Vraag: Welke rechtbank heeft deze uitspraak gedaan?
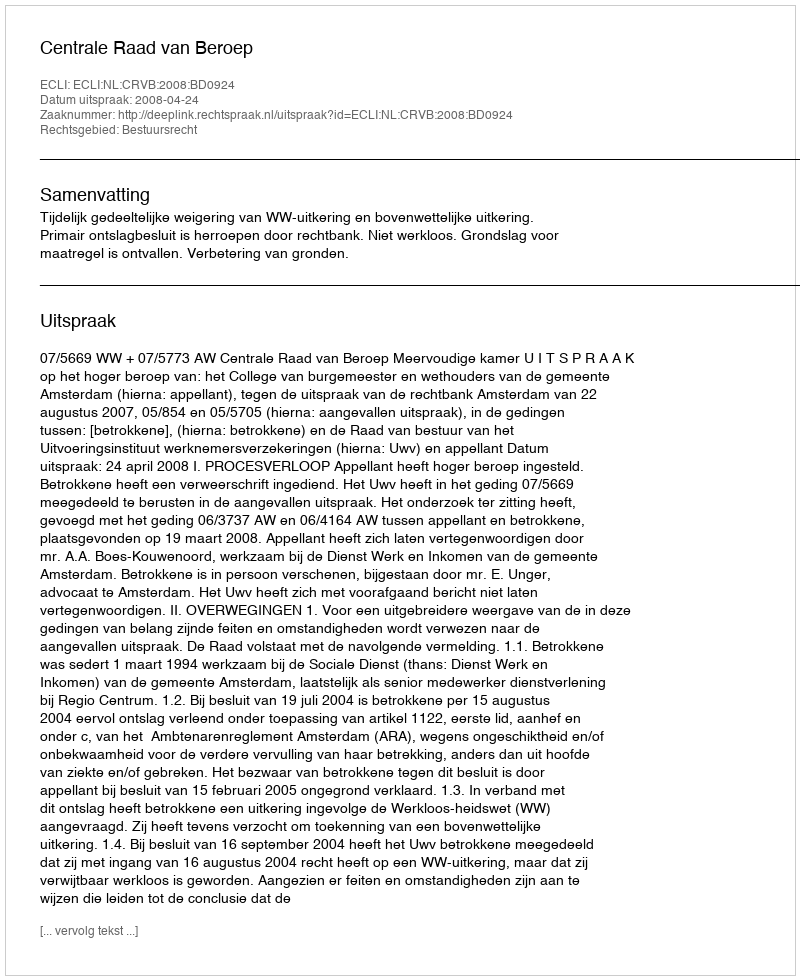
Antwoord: Centrale Raad van Beroep